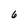
Character: 6